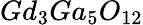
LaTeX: Gd_{3}Ga_{5}O_{12}